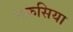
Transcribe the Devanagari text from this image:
नफ़सिया